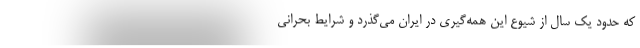
که حدود یک سال از شیوع این همه‌گیری در ایران می‌گذرد و شرایط بحرانی